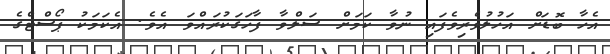
އެހާ ބޮޑަށް އަހުލުވެރިވެފައި ނުވާ ކަމަށް ސަލްވާ ފާހަގަކުރައްވަ އެވެ. އެކަމަކު ޕޯސްޓްގެ